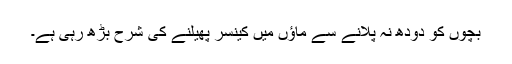
بچوں کو دودھ نہ پلانے سے ماؤں میں کینسر پھیلنے کی شرح بڑھ رہی ہے۔